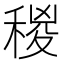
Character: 稯